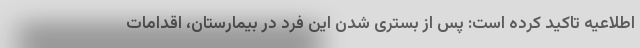
اطلاعیه تاکید کرده است: پس از بستری شدن این فرد در بیمارستان، اقدامات